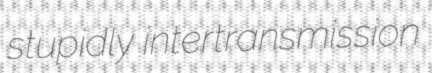
stupidly intertransmission